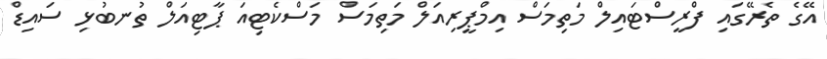
އޭގެ ތެރޭގައި ފްރީސްޓައިލް މަތިމަސް އިމްޕީރިއަލް މަތިމަސް މަސްކެޓިއަ ޕާޓިއަލް ތުނބުޅި ސައިޑްް